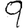
Digit: 9